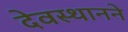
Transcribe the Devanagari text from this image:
देवस्थानने